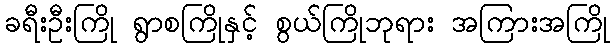
ခရီးဦးကြို ရွာစကြိုနှင့် စွယ်ကြိုဘုရား အကြားအကြို